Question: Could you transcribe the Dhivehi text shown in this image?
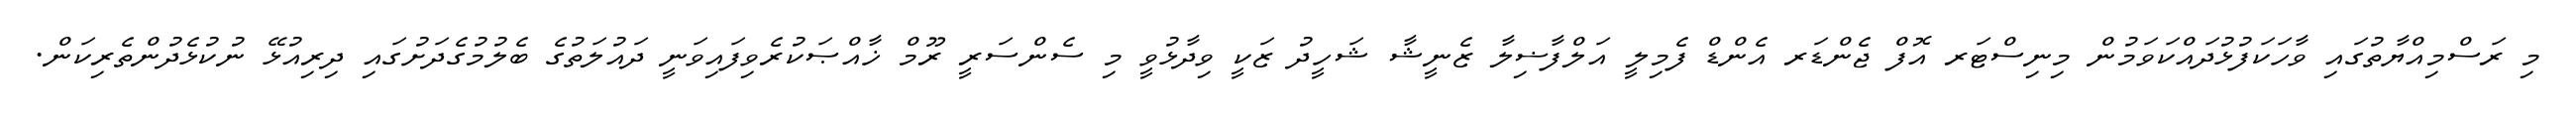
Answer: މި ރަސްމިއްޔާތުގައި ވާހަކަފުޅުދައްކަވަމުން މިނިސްޓަރ އޮފް ޖެންޑަރ އެންޑް ފެމިލީ އަލްފާޟިލާ ޒެނީޝާ ޝަހީދު ޒަކީ ވިދާޅުވީ މި ސެންސަރީ ރޫމް ޚާއްޞަކުރެވިފައިވަނީ ދައުލަތުގެ ބެލުމުގެދަށުގައި ދިރިއުޅޭ ނުކުޅެދުންތެރިކަން.